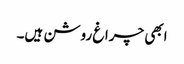
ابھی چراغ روشن ہیں۔